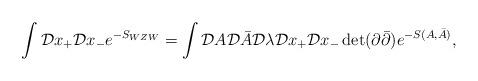
LaTeX: \begin{align*}\int {\cal D}x_+ {\cal D}x_- e^{-S_{WZW}}=\int {\cal D} A {\cal D} \bar{A}{\cal D} \lambda {\cal D}x_+{\cal D}x_- \det(\partial \bar{\partial}) e^{-S(A,\bar{A})},\end{align*}